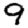
Digit: 9